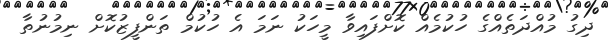
ދިގު މުއްދަތެއްގެ ހުކުމެއް ކޮށްފައިވާ މީހަކު ނަމަ އެ ހުކުމް ތަންފީޒުކޮށް ނިމުނުތާ